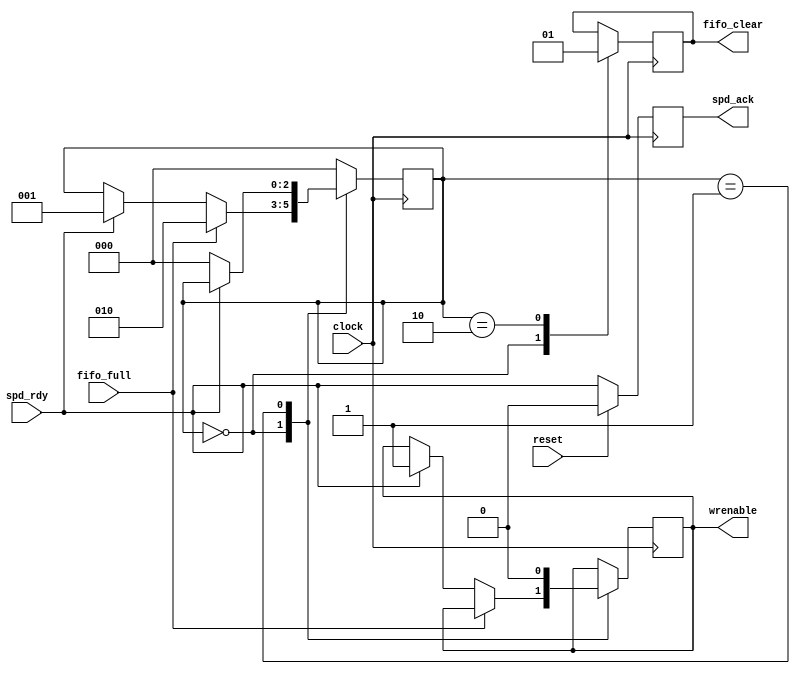
// This program was cloned from: https://github.com/n1gp/Anvelina_PROIII
// License: GNU General Public License v3.0

//-----------------------------------------------------------------------------
//                          Mic_fifo_ctrl.v
//-----------------------------------------------------------------------------

//
//  HPSDR - High Performance Software Defined Radio
//
//  Metis code. 
//
//  This program is free software; you can redistribute it and/or modify
//  it under the terms of the GNU General Public License as published by
//  the Free Software Foundation; either version 2 of the License, or
//  (at your option) any later version.
//
//  This program is distributed in the hope that it will be useful,
//  but WITHOUT ANY WARRANTY; without even the implied warranty of
//  MERCHANTABILITY or FITNESS FOR A PARTICULAR PURPOSE.  See the
//  GNU General Public License for more details.
//
//  You should have received a copy of the GNU General Public License
//  along with this program; if not, write to the Free Software
//  Foundation, Inc., 59 Temple Place, Suite 330, Boston, MA  02111-1307  USA


//  Metis code copyright 2010, 2011, 2012, 2013 Phil Harman VK6PH


// Write mic data to Mic_FIFO
// NOTE:  At power on the FIFO will fill since no data is being requested by the PC.
// In which case need to check that the fifo is not full and if so clear it. 



module Mic_fifo_ctrl(
	input reset,
	input clock,
	input spd_rdy,
	input fifo_full,
	
	output reg spd_ack,
	output reg wrenable,
	output reg fifo_clear
	);
	

reg [2:0]state;
	
always @ (posedge clock)
begin 
	if (reset) 	spd_ack <= 1'b0;
	else spd_ack <= spd_rdy;  // ack nWire data received

case(state)
0:	begin
		fifo_clear <= 1'b0;
		if (fifo_full) state <= 2; 		// clear fifo, will need to do this if code has been idle
	   else if(spd_rdy) begin 
			wrenable <= 1'b1;
			state <= 1;
		end
	end 
1:	begin 		// wait for spd_rdy to go low
	wrenable <= 0;
	if (!spd_rdy) state <= 0;
	end
	
2: begin
	fifo_clear <= 1'b1;
	state <= 0;
	end

default: state <= 0;
endcase
end	

	
endmodule